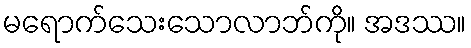
မရောက်သေးသောလာဘ်ကို။ အဒဿ။